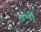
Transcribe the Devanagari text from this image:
तभीं